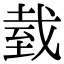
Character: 臷